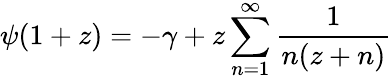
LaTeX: \psi(1+z)=-\gamma+z\sum_{n=1}^{\infty}\frac{1}{n(z+n)}